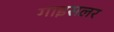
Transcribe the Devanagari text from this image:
गाइसलर